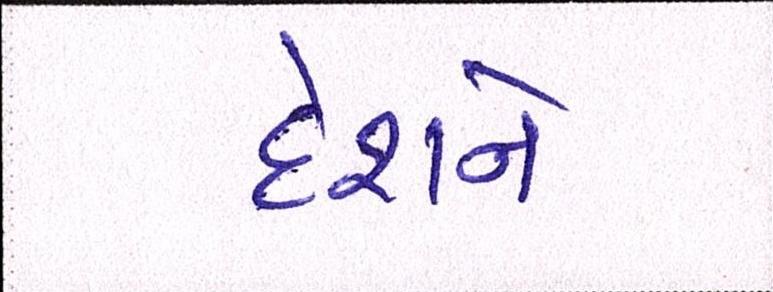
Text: દેશને